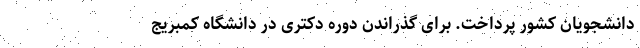
دانشجویان کشور پرداخت. برای گذراندن دوره دکتری در دانشگاه کمبریج